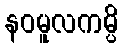
နဝမူလကမ္ပိ